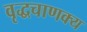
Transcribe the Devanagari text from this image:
वृद्धचाणक्य